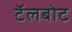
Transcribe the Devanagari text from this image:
टॅलबोट